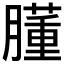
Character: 𦡂